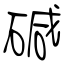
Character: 碱